Civil Veterinary Dept. Bombay admin report 1914-1922 - 1914-1922
Year: 1914
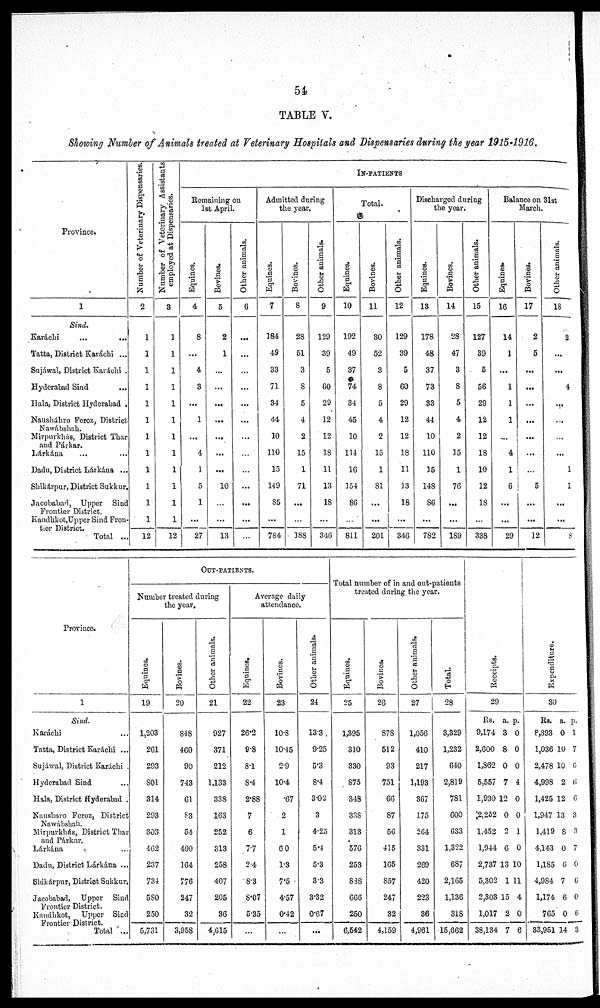
54
TABLE V.
Showing Number of Animals treated at Veterinary Hospitals and Dispensaries during the year 1915-1916.
Province.
1
Sind.
Karáchi
...
...
Tatta, District Karáchi ...
Sujáwal, District Karáchi .
Hyderabad Sind ...
Hala, District Hyderabad .
Nausháhro Feroz, District
Nawábshah.
Mirpurkhás, District Thar
and Párkar.
Lárkána ... ...
Dadu, District Lárkána ...
Shikárpur, District Sukkur.
Jacobabad, Upper Sind
Frontier District.
Kandhkot, Upper Sind Fron¬
tier District.
Total ...
Number
of Veterinary Dispensaries.
2
1
1
1
1
1
1
1
1
1
1
1
1
12
Number of Veterinary Assistants
employed at Dispensaries.
3
1
1
1
1
1
1
1
1
1
1
1
1
12
IN-PATIENTS
Remaining on
1st April.
Equines.
4
8
...
4
8
...
1
...
4
1
5
1
...
27
Bovines.
5
2
1
...
...
...
...
...
...
...
10
...
...
13
Other animals.
6
...
...
...
...
...
...
...
...
...
...
...
...
...
Admitted during
the year.
Equines.
7
184
49
83
71
34
44
10
110
15
149
85
...
784
Bovines.
8
28
51
3
8
5
4
2
15
1
71
...
...
188
Other animals.
9
129
39
5
60
29
12
12
18
11
13
18
...
346
Total.
Equines.
10
192
49
87
74
34
45
10
114
16
154
86
...
811
Bovines.
11
30
52
8
8
5
4
2
15
1
81
...
...
201
Other animals.
12
129
39
5
60
29
12
12
18
11
13
18
...
346
Discharged during
the year.
Equines.
13
178
48
37
73
33
44
10
110
15
148
86
...
782
Bovines.
14
28
47
3
8
5
4
2
15
1
76
...
...
189
Other animals.
15
127
89
5
56
29
12
12
18
10
12
18
...
338
Balance on 31st
March.
Equines.
16
14
1
...
1
1
1
...
4
1
6
...
...
29
Bovines.
17
2
5
...
...
...
...
...
...
...
5
...
...
12
Other animals.
18
2
...
...
4
...
...
...
...
1
1
...
...
8
Province.
1
Sind.
Karáchi ...
Tatta, District Karáchi ...
Sujáwal, District Karáchi
Hyderabad Sind ...
Hala, District Hyderabad
Nausharo Feroz, District
Nawábshah.
Mirpurkhás, District Thar
and Párkar.
Lárkána ...
Dadu, District Lárkána ...
Slukárpur, District Sukkur.
Jacobabad, Upper Sind
Frontier District.
Kandhkot, Upper Sind
Frontier District.
Total ...
OUT-PATIENTS.
Number treated during
the year.
Equines.
19
1,203
261
293
801
814
293
803
462
237
734
580
250
5,731
Bovines.
20
848
460
90
748
61
83
54
400
164
776
247
32
3,958
Other animals.
21
927
371
212
1,133
338
163
252
313
258
407
205
86
4,615
Average daily
attendance.
Equines.
22
26.2
9.8
8.1
8.4
2.88
7
6
7.7
2.4
8.8
8.07
5.35
...
Bovines.
23
10.8
10.45
2.9
10.4
.67
2
1
6.0
1.3
7.5
4.57
0.42
...
Other animals.
24
13.3
9.25
5.3
8.4
3.02
3
4.25
5.4
5.3
3.3
3.32
0.67
...
Total number of in and out-patients
treated during the year.
Equines.
25
1,395
310
330
875
348
838
313
576
253
838
666
250
6,542
Bovines.
26
878
512
93
751
66
87
56
415
165
857
247
82
4,159
Other animals.
27
1,056
410
217
1,193
867
175
264
331
269
420
223
86
4,961
Total.
28
8,829
1,232
640
2,819
781
600
633
1,822
687
2,165
1,136
318
15,662
Receipts.
29
Rs.
9,174
2,600
1,362
5,557
1,930
2,252
1,452
1,944
2,737
5,302
2,303
1,017
38,134
a.
3
8
0
7
12
0
2
6
13
1
15
2
7
p.
0
0
0
4
0
0
1
0
10
11
4
0
6
Expenditure.
30
Rs.
8,398
1,036
2,478
4,998
1,425
1,947
1,419
4,143
1,185
4,984
1,174
765
83,951
a.
0
10
10
2
12
13
8
0
6
7
6
0
14
p.
1
7
6
6
6
3
3
7
0
6
0
6
3